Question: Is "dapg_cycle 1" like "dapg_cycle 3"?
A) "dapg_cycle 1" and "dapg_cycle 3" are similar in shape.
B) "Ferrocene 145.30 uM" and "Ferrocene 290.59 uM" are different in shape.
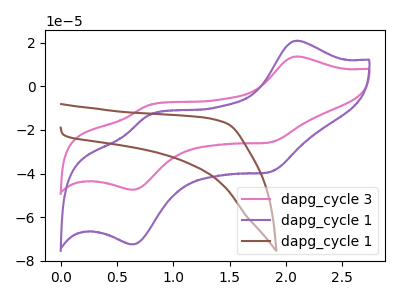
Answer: <think>The pink curve "dapg_cycle 3" has anodic peaks at (2.10V, 13.70uA) (0.80V, -8.60uA) and cathodic peaks at (1.85V, -25.70uA) (0.65V, -47.45uA). The purple curve "dapg_cycle 1" has anodic peaks at (2.10V, 20.95uA) (0.80V, -13.20uA) and cathodic peaks at (1.85V, -39.30uA) (0.65V, -72.55uA). The brown curve "dapg_cycle 1" has no peaks.
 All the peaks in "dapg_cycle 1" have a peak in "dapg_cycle 3" at the same potential.</think>
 <answer>A) "dapg_cycle 1" and "dapg_cycle 3" are similar in shape.</answer>
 <eval>A</eval>